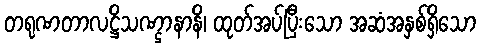
တရုဏတာလဋ္ဌိသဏ္ဌာနာနိ၊ ထုတ်အပ်ပြီးသော အဆံအနှစ်ရှိသော